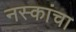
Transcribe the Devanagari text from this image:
नस्कांचा